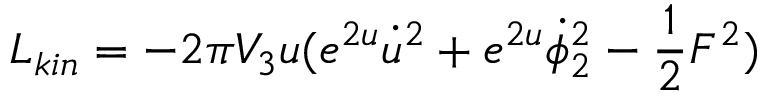
L _ { k i n } = - 2 \pi V _ { 3 } u ( e ^ { 2 u } { \dot { u } } ^ { 2 } + e ^ { 2 u } \dot { \phi } _ { 2 } ^ { 2 } - { \frac { 1 } { 2 } } F ^ { 2 } )